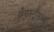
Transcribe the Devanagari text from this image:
अँगस्ट्रॉमच्या